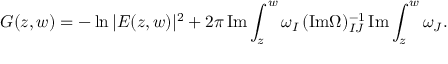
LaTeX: G ( z , w ) = - \ln | E ( z , w ) | ^ { 2 } + 2 \pi \, \mathrm { I m } \int _ { z } ^ { w } \omega _ { I } \, ( \mathrm { I m } \Omega ) _ { I J } ^ { - 1 } \, \mathrm { I m } \int _ { z } ^ { w } \omega _ { J } .